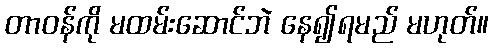
တာဝန်ကို မထမ်းဆောင်ဘဲ နေ၍ရမည် မဟုတ်။